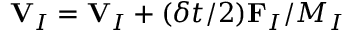
{ \bf V } _ { I } = { \bf V } _ { I } + ( \delta t / 2 ) { \bf F } _ { I } / M _ { I }